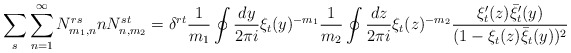
\begin{align*}\sum_{s} \sum_{n=1}^{\infty} N^{rs}_{m_1,n} n N^{st}_{n,m_2}= \delta^{rt} \frac{1}{m_1} \oint \frac{dy}{2 \pi i} \xi_t(y)^{-m_1}\frac{1}{m_2} \oint \frac{dz}{2 \pi i} \xi_t(z)^{-m_2}\frac{\xi_t'(z)\bar{\xi}_t'(y)}{(1 - \xi_t(z)\bar{\xi}_t(y))^2}\end{align*}